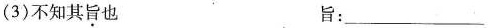
(3)不知其旨也 旨：___